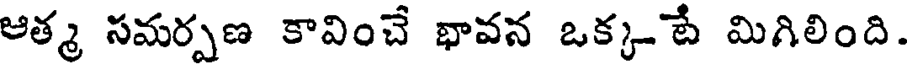
ఆత్మ సమర్పణ కావించే భావన ఒక్కటే మిగిలింది.